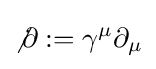
\not \partial :=\gamma ^{\mu }\partial _{\mu }